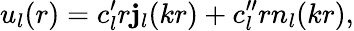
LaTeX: u_{l}(r)=c_{l}^{\prime}r\mathbf{j}_{l}(kr)+c_{l}^{\prime\prime}rn_{l}(kr),